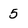
Character: 5